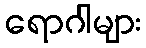
ရောဂါများ